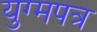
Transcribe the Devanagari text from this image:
युग्मपत्र